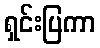
ရှင်းပြကာ